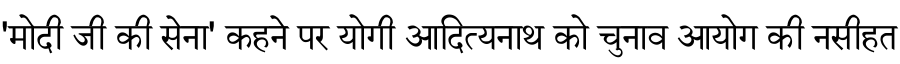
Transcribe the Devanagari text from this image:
'मोदी जी की सेना' कहने पर योगी आदित्यनाथ को चुनाव आयोग की नसीहत